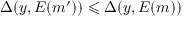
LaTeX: \Delta ( y , E ( m ^ { \prime } ) ) \leqslant \Delta ( y , E ( m ) )